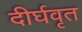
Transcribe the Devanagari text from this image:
दीर्घवृत